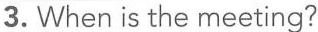
3.When is the meeting?